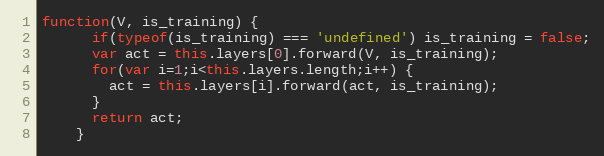
Language: JavaScript
function(V, is_training) {
      if(typeof(is_training) === 'undefined') is_training = false;
      var act = this.layers[0].forward(V, is_training);
      for(var i=1;i<this.layers.length;i++) {
        act = this.layers[i].forward(act, is_training);
      }
      return act;
    }